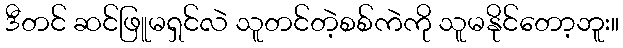
ဒီတင် ဆင်ဖြူမရှင်လဲ သူတင်တဲ့စစ်ကဲကို သူမနိုင်တော့ဘူး။